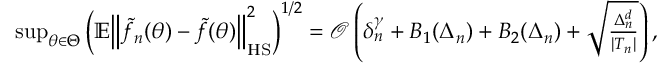
\begin{array} { r } { \operatorname* { s u p } _ { \theta \in \Theta } \Big ( \mathbb { E } \Big \| \tilde { f } _ { n } ( \theta ) - \tilde { f } ( \theta ) { \Big \| } _ { \mathrm { H S } } ^ { 2 } { \Big ) } ^ { 1 / 2 } = \mathcal { O } \left( \delta _ { n } ^ { \gamma } + B _ { 1 } ( \Delta _ { n } ) + B _ { 2 } ( \Delta _ { n } ) + \sqrt { \frac { \Delta _ { n } ^ { d } } { | T _ { n } | } } \right) , } \end{array}